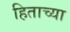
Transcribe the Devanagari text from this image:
हिताच्‍या